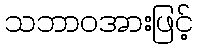
သဘာဝအားဖြင့်